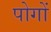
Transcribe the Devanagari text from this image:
पोगों